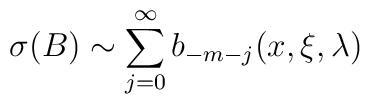
\sigma(B)\sim\sum_{j=0}^{\infty}b_{-m-j}(x,\xi,\lambda)\,